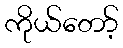
ကိုယ်တော့်